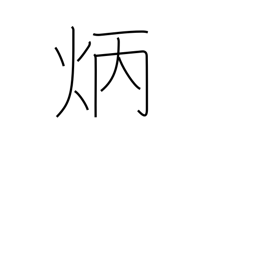
Meaning: clear & bright